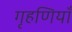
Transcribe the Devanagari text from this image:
गृहणियाँ